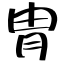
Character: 冑